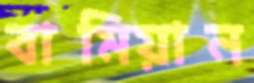
বামিয়ান